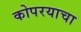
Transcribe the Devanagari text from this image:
कोपरयाचा